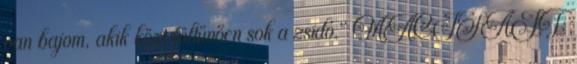
van bajom, akik közt föltűnően sok a zsidó." MACISAJT: